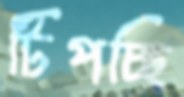
টিপচ্ছি